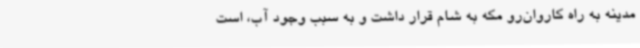
مدینه به راه کاروان‌رو مکه به شام قرار داشت و به سبب وجود آب، است